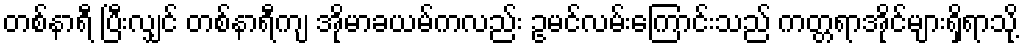
တစ်နာရီ ပြီးလျှင် တစ်နာရီကျ အိုမာခယမ်ကလည်း ဥမင်လမ်းကြောင်းသည် ကတ္တရာအိုင်များရှိရာသို့